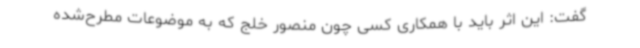
گفت: این اثر باید با همکاری کسی چون منصور خلج که به موضوعات مطرح‌شده